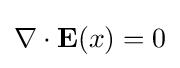
\nabla \cdot \mathbf {E} (x)=0